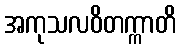
အကုသလဝိတက္ကာတိ